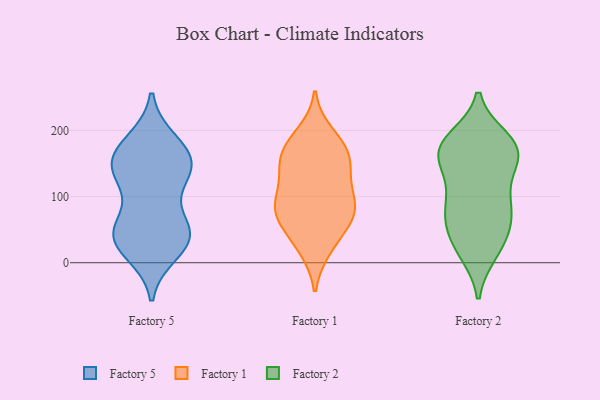
{"axis": {"x": "Bounce Rate (%)", "y": "Value"}, "legend": ["Factory 1", "Factory 2", "Factory 5"], "data": [{"x": "", "y": 38, "type": "Factory 5"}, {"x": "", "y": 43, "type": "Factory 5"}, {"x": "", "y": 156, "type": "Factory 5"}, {"x": "", "y": 141, "type": "Factory 5"}, {"x": "", "y": 34, "type": "Factory 5"}, {"x": "", "y": 160, "type": "Factory 5"}, {"x": "", "y": 126, "type": "Factory 5"}, {"x": "", "y": 17, "type": "Factory 5"}, {"x": "", "y": 182, "type": "Factory 5"}, {"x": "", "y": 173, "type": "Factory 5"}, {"x": "", "y": 128, "type": "Factory 5"}, {"x": "", "y": 41, "type": "Factory 5"}, {"x": "", "y": 145, "type": "Factory 5"}, {"x": "", "y": 49, "type": "Factory 5"}, {"x": "", "y": 55, "type": "Factory 5"}, {"x": "", "y": 107, "type": "Factory 1"}, {"x": "", "y": 136, "type": "Factory 1"}, {"x": "", "y": 162, "type": "Factory 1"}, {"x": "", "y": 153, "type": "Factory 1"}, {"x": "", "y": 156, "type": "Factory 1"}, {"x": "", "y": 91, "type": "Factory 1"}, {"x": "", "y": 174, "type": "Factory 1"}, {"x": "", "y": 62, "type": "Factory 1"}, {"x": "", "y": 195, "type": "Factory 1"}, {"x": "", "y": 24, "type": "Factory 1"}, {"x": "", "y": 83, "type": "Factory 1"}, {"x": "", "y": 69, "type": "Factory 1"}, {"x": "", "y": 83, "type": "Factory 1"}, {"x": "", "y": 21, "type": "Factory 1"}, {"x": "", "y": 129, "type": "Factory 1"}, {"x": "", "y": 85, "type": "Factory 1"}, {"x": "", "y": 182, "type": "Factory 1"}, {"x": "", "y": 57, "type": "Factory 1"}, {"x": "", "y": 52, "type": "Factory 2"}, {"x": "", "y": 89, "type": "Factory 2"}, {"x": "", "y": 72, "type": "Factory 2"}, {"x": "", "y": 187, "type": "Factory 2"}, {"x": "", "y": 129, "type": "Factory 2"}, {"x": "", "y": 16, "type": "Factory 2"}, {"x": "", "y": 159, "type": "Factory 2"}, {"x": "", "y": 144, "type": "Factory 2"}, {"x": "", "y": 50, "type": "Factory 2"}, {"x": "", "y": 26, "type": "Factory 2"}, {"x": "", "y": 166, "type": "Factory 2"}, {"x": "", "y": 180, "type": "Factory 2"}, {"x": "", "y": 162, "type": "Factory 2"}, {"x": "", "y": 91, "type": "Factory 2"}, {"x": "", "y": 182, "type": "Factory 2"}, {"x": "", "y": 18, "type": "Factory 2"}, {"x": "", "y": 95, "type": "Factory 2"}, {"x": "", "y": 177, "type": "Factory 2"}, {"x": "", "y": 169, "type": "Factory 2"}, {"x": "", "y": 73, "type": "Factory 2"}]}